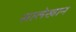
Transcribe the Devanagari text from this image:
सालेखान